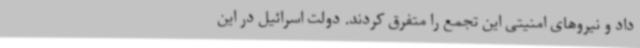
داد و نیروهای امنیتی این تجمع را متفرق کردند. دولت اسرائیل در این